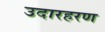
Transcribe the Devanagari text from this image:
उदारहरण